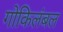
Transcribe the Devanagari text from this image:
गोकिलंबल